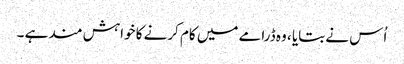
اُس نے بتایا ، وہ ڈرامے میں کام کرنے کا خواہش مند ہے ۔